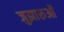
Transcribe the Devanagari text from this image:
जुझारुओं